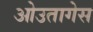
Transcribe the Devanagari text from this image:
ओउतागेस